Annual report of the Bengal Veterinary College and of the Civil Veterinary Department, Bengal, for the year 1908-1909 - 1908-1909
Year: 1908
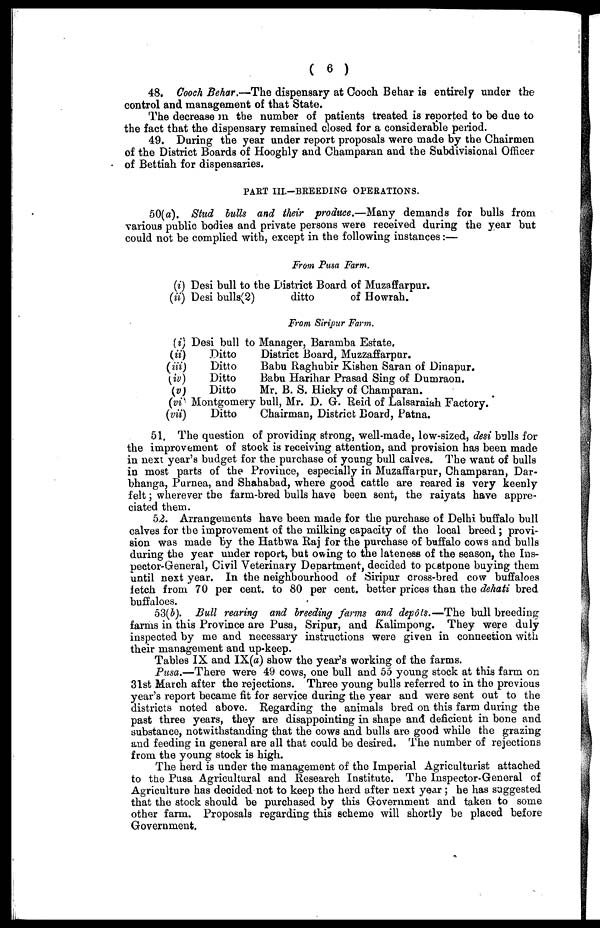
( 6 )
48. Cooch Behar.—The dispensary at Cooch Behar is entirely under the
control and management of that State.
The decrease m the number of patients treated is reported to be due to
the fact that the dispensary remained closed for a considerable period.
49. During the year under report proposals were made by the Chairmen
of the District Boards of Hooghly and Champaran and the Subdivisional Officer
of Bettiah for dispensaries.
PART III.—BREEDING OPERATIONS.
50(a). Stud lulls and their produce.—Many demands for bulls from
various public bodies and private persons were received during the year but
could not be complied with, except in the following instances:—
From Pusa Farm.
(i)
(ii)
Desi bull to the District Board of Muzaffarpur.
Desi bulls (2)
ditto
of Howrah.
From Siripur Farm.
(i)
(ii)
(iii)
(iv)
(v)
(vi)
(vii)
Desi bull to Manager, Baramba Estate.
Ditto
Ditto
Ditto
Ditto
District Board, Muzzaffarpur.
Babu Raghubir Kishen Saran of Dinapur.
Babu Harihar Prasad Sing of Dumraon.
Mr. B. S. Hicky of Champaran.
Montgomery bull, Mr. D. G. Reid of Lalsaraiah Factory.
Ditto
Chairman, District Board, Patna.
51. The question of providing strong, well-made, low-sized, desi bulls for
the improvement of stock is receiving attention, and provision has been made
in next year's budget for the purchase of young bull calves. The want of bulls
in most parts of the Province, especially in Muzaffarpur, Champaran, Dar-
bhanga, Purnea, and Shahabad, where good cattle are reared is very keenly
felt; wherever the farm-bred bulls have been sent, the raiyats have appre-
ciated them.
52. Arrangements have been made for the purchase of Delhi buffalo bull
calves for the improvement of the milking capacity of the local breed; provi-
sion was made by the Hatbwa Raj for the purchase of buffalo cows and bulls
during the year under report, but owing to the lateness of the season, the Ins-
pector-General, Civil Veterinary Department, decided to postpone buying them
until next year. In the neighbourhood of Siripur cross-bred cow buffaloes
fetch from 70 per cent. to 80 per cent. better prices than the dehati bred
buffaloes.
53(5). Bull rearing and breeding farms and depôts.—The bull breeding
farms in this Province are Pusa, Sripur, and Kalimpong. They were duly
inspected by me and necessary instructions were given in connection with
their management and up-keep.
Tables IX and IX(a) show the year's working of the farms.
Pusa.—There were 49 cows, one bull and 55 young stock at this farm on
31st March after the rejections. Three young bulls referred to in the previous
year's report became fit for service during the year and were sent out to the
districts noted above. Regarding the animals bred on this farm during the
past three years, they are disappointing in shape and deficient in bone and
substance, notwithstanding that the cows and bulls are good while the grazing
and feeding in general are all that could be desired. The number of rejections
from the young stock is high.
The herd is under the management of the Imperial Agriculturist attached
to the Pusa Agricultural and Research Institute. The Inspector-General of
Agriculture has decided not to keep the herd after next year ; he has suggested
that the stock should be purchased by this Government and taken to some
other farm. Proposals regarding this scheme will shortly be placed before
Government.